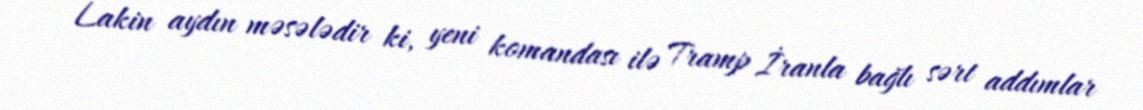
Lakin aydın məsələdir ki, yeni komandası ilə Tramp İranla bağlı sərt addımlar